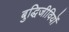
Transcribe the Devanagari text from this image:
बुद्धिजीवियॊं